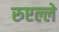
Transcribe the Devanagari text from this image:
रुएल्ले